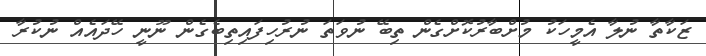
ޒަކާތާ ނުލާ އެމީހަކު މުށްބާރުކޮށްގެން ތިބޭ ނުވަތަ ނުރުހިފައިތިބެގެން ނޫނީ ހޭދައެއް ނުކުރާ